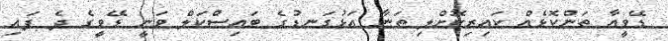
ޑޭވީއާ ތަންކޮޅެއް ކައިރިކޮށްލި ތަނާ އަޅުގަނޑުގެ ބައިސްކަލް ވަނީ ޑޭވީގެ ދެ ފައި